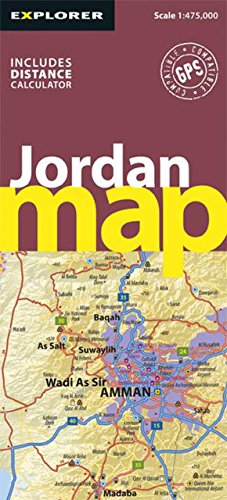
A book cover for Jordan Map (Road Maps); Explorer Publishing; Travel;